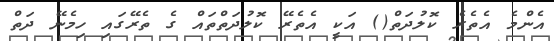
އެންމެ އެތެރެ ކޮލުދަތް() އަކީ އެތެރޭ ކޮލުދަތްތައް ގެ ތެރޭގައި ހިމެނޭ ދަތް